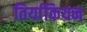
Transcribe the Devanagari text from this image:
तिर्याकियन